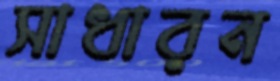
সাধারন